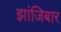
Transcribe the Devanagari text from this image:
झांजिबार